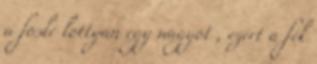
a foslé lottyan egy nagyot , ezért a fék